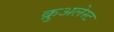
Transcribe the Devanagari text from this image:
क्रुअलेस्ट